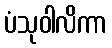
ပံသုဝါလိကာ